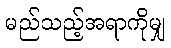
မည်သည့်အရာကိုမျှ